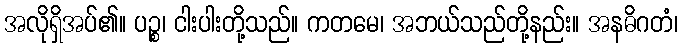
အလိုရှိအပ်၏။ ပဉ္စ၊ ငါးပါးတို့သည်။ ကတမေ၊ အဘယ်သည်တို့နည်း။ အနဓိဂတံ၊